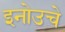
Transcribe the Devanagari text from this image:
इनोउचे